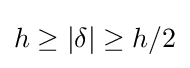
h\geq |\delta |\geq h/2